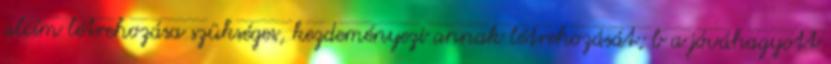
alcím létrehozása szükséges, kezdeményezi annak létrehozását; b a jóváhagyott